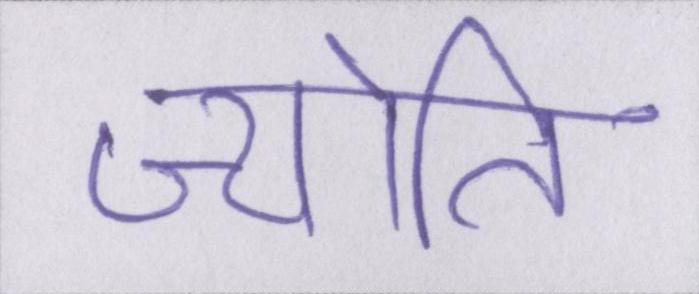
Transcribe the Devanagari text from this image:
ज्योति